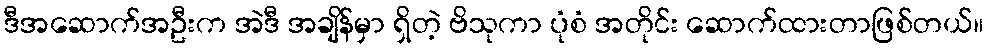
ဒီအဆောက်အဦးက အဲဒီ အချိန်မှာ ရှိတဲ့ ဗိသုကာ ပုံစံ အတိုင်း ဆောက်ထားတာဖြစ်တယ်။